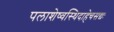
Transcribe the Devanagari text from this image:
पलाशेष्वस्थिदाहेचसद्यः